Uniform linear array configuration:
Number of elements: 4
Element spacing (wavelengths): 0.25
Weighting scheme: hann
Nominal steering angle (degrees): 30
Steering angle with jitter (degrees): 29.429
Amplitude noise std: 0.05
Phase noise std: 0.05

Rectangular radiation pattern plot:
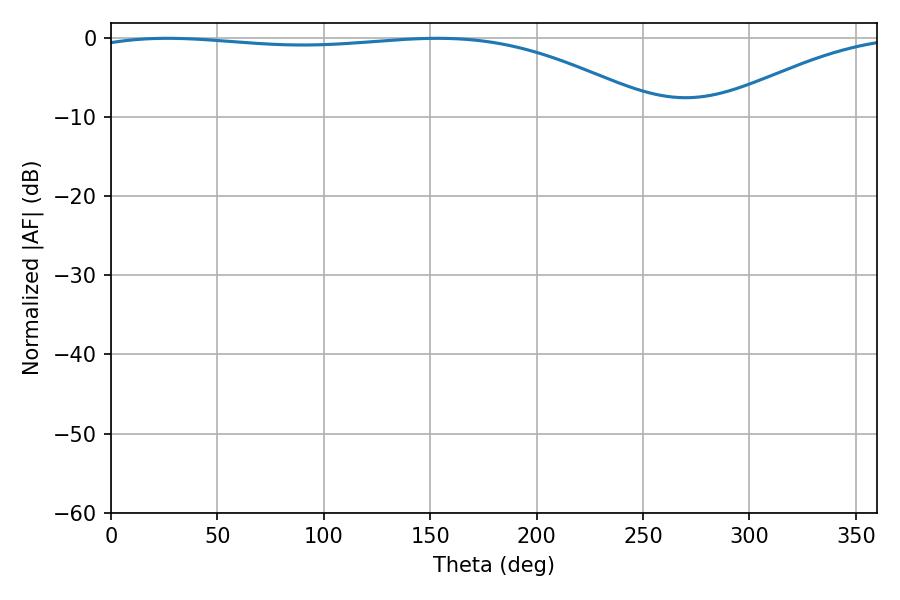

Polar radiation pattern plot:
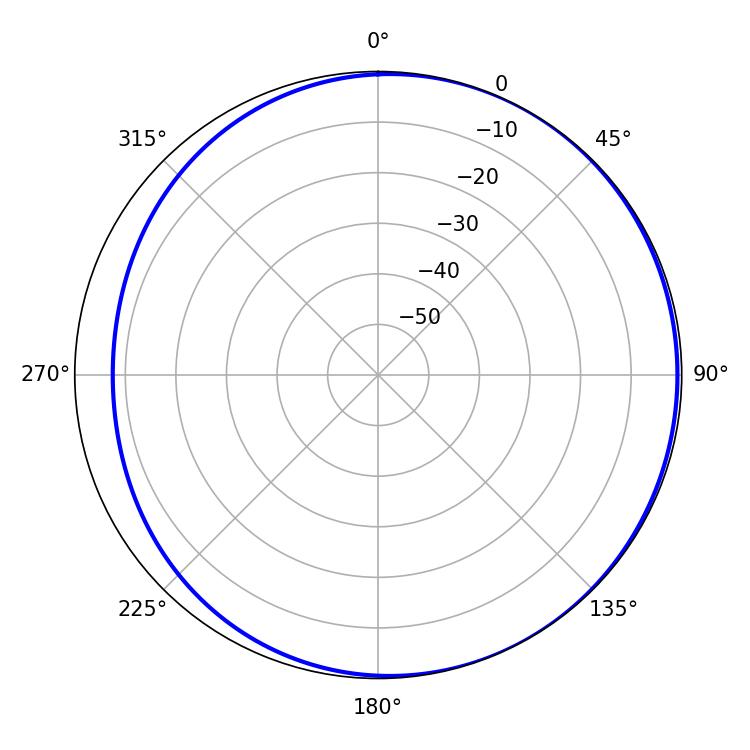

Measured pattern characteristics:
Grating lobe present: FALSE
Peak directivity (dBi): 2.405
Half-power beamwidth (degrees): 213.48
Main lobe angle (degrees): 26.46